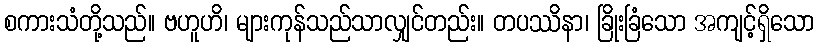
စကားသံတို့သည်။ ဗဟူဟိ၊ များကုန်သည်သာလျှင်တည်း။ တပဿိနာ၊ ခြိုးခြံသော အကျင့်ရှိသော